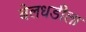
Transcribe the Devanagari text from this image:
बेलधडीला